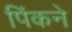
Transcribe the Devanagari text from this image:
पिंकने